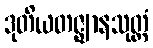
ဒုတိယတဇ္ဈာနသုတ္တံ